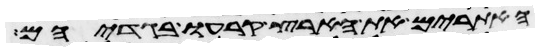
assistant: האתורים את הארץ קרעו בגדיהם